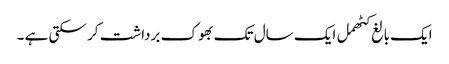
ایک بالغ کٹھمل ایک سال تک بھوک برداشت کر سکتی ہے ۔